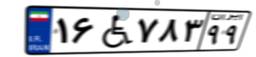
۱۶W۷۸۳۹۹